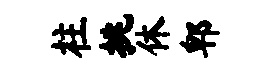
柱挑休郫